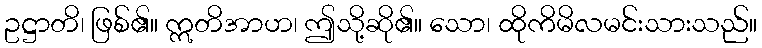
ဥဋ္ဌာတိ၊ ဖြစ်၏။ ဣတိအာဟ၊ ဤသို့ဆို၏။ သော၊ ထိုကိမိလမင်းသားသည်။